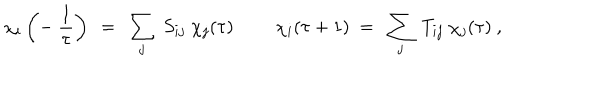
\chi _ { i } \left( - \ { \frac { 1 } { \tau } } \right) \ = \ \sum _ { j } \ S _ { i j } \ \chi _ { j } ( \tau ) \ \qquad \chi _ { i } ( \tau + 1 ) \ = \ \sum _ { j } \ T _ { i j } \ \chi _ { j } ( \tau ) \ ,